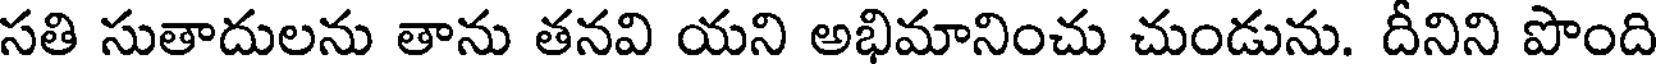
సతి సుతాదులను తాను తనవి యని అభిమానించు చుండును. దీనిని పొంది